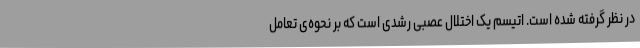
در نظر گرفته شده است. اتیسم یک اختلال عصبی رشدی است که بر نحوه‌ی تعامل